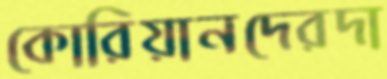
কোরিয়ানদেরদা